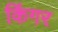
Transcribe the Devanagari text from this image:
किंगर